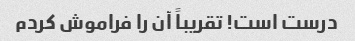
درست است! تقریباً آن را فراموش کردم